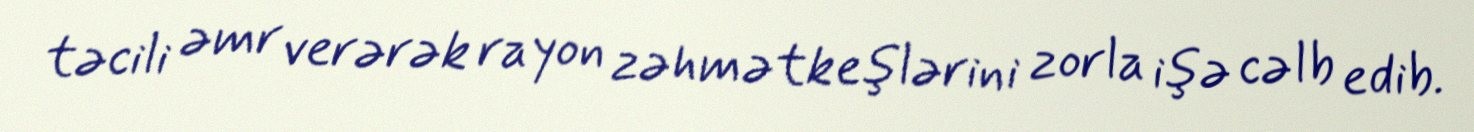
təcili əmr verərək rayon zəhmətkeşlərini zorla işə cəlb edib.